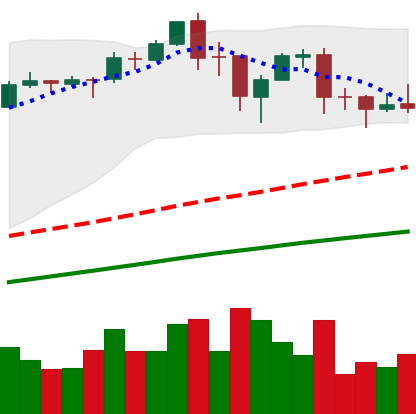
Ticker: BTC-USD
Chart end date: 2017-09-12
Forward return: -13.264%
Label: down_7plus